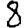
Digit: 8